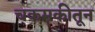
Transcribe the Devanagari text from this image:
चकमकीतून